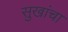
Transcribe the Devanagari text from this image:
सुखांचा